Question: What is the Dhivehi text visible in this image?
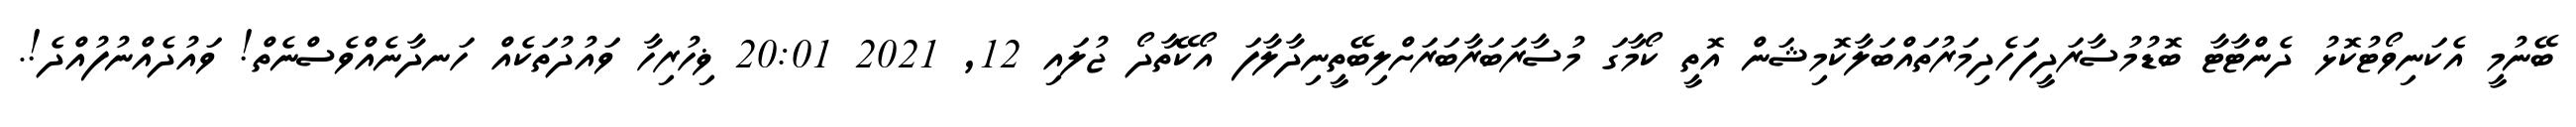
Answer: ބޭނުމީ އެކަނިވޯޓުކޮޅު ދެންޓާޓާ ބޮޑުމުސާރަދީފަހެދިމަރުތައްބަލާކޮމިޝަން އޮތީ ކޯމާގަ މުސާރަބަރާބަރަށްލިބޭތީނިދާލާފަ އޯކޭތާދޯ ޖުލައި 12, 2021 20:01 ޥިހުރިހާ ވައުދުތަކެއް ހަނދާނެއްވެސްނެތް! ވައުދެއްނުފުއްދެ!.